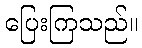
ပြေးကြသည်။